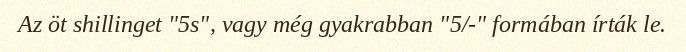
Az öt shillinget "5s", vagy még gyakrabban "5/-" formában írták le.